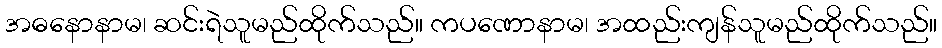
အဓနောနာမ၊ ဆင်းရဲသူမည်ထိုက်သည်။ ကပဏောနာမ၊ အထည်းကျန်သူမည်ထိုက်သည်။